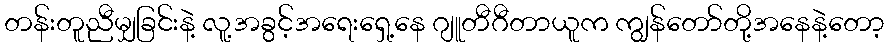
တန်းတူညီမျှခြင်းနဲ့ လူ့အခွင့်အရေးရှေ့နေ ဂျူတီဂီတာယူက ကျွန်တော်တို့အနေနဲ့တော့